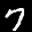
Label: 7